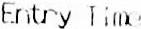
ENTRY TIME